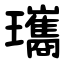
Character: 瓗